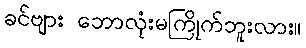
ခင်ဗျား ဘောလုံးမကြိုက်ဘူးလား။